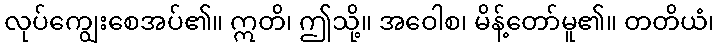
လုပ်ကျွေးစေအပ်၏။ ဣတိ၊ ဤသို့။ အဝေါစ၊ မိန့်တော်မူ၏။ တတိယံ၊